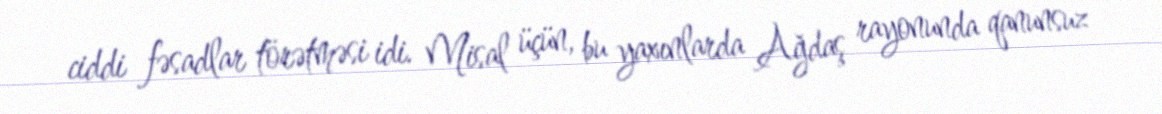
ciddi fəsadlar törətməsi idi. Misal üçün, bu yaxınlarda Ağdaş rayonunda qanunsuz